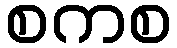
စကစ